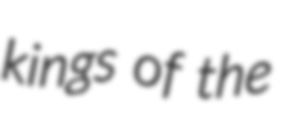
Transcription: kings of the